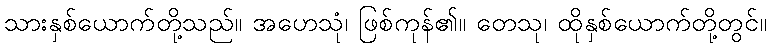
သားနှစ်ယောက်တို့သည်။ အဟေသုံ၊ ဖြစ်ကုန်၏။ တေသု၊ ထိုနှစ်ယောက်တို့တွင်။